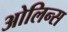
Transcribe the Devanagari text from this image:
ओलिन्स